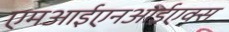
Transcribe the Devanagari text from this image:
एमआईएनआईएक्स